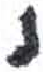
אות: נ